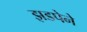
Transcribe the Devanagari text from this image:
झडपेने